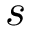
s